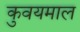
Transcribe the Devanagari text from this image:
कुवयमाल